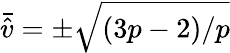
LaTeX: \bar{\hat{v}}=\pm\sqrt{(3p-2)/p}